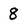
Character: 8